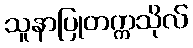
သူနာပြုတက္ကသိုလ်